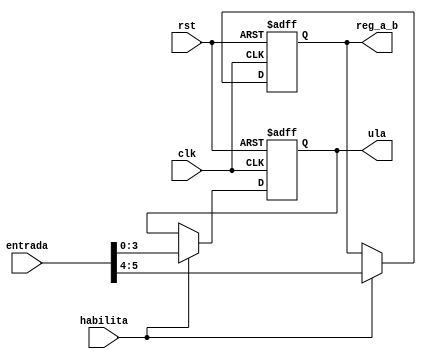
module executa(clk, habilita, rst, entrada, reg_a_b, ula);

input wire clk, habilita, rst;
input wire [5:0] entrada;
output reg [1:0] reg_a_b;
output reg [3:0] ula;


always @(posedge clk or posedge rst)
begin

	if(rst)
	begin
		reg_a_b <= 2'b00;
		ula <= 4'b0000;
	end
	else
		if(habilita)
		begin
			reg_a_b <= entrada[5:4];
			ula <= entrada[3:0];
		end

end

endmodule